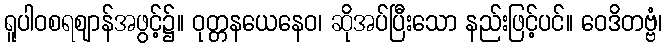
ရူပါဝစရဈာန်အဖွင့်၌။ ဝုတ္တနယေနေဝ၊ ဆိုအပ်ပြီးသော နည်းဖြင့်ပင်။ ဝေဒိတဗ္ဗံ၊